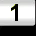
Digit: 1